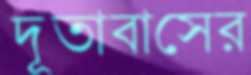
দূতাবাসের